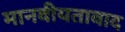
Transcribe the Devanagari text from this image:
मानवीयतावाद